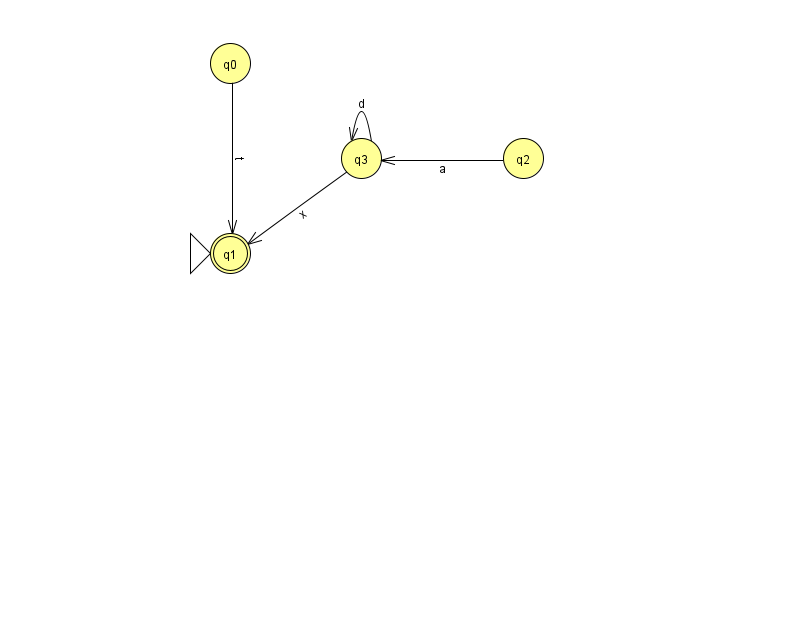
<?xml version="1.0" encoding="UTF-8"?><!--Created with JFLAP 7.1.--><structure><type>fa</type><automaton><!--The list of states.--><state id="0" name="q0"><x>230.0</x><y>50.0</y></state><state id="1" name="q1"><x>230.0</x><y>240.0</y><initial/><final/></state><state id="2" name="q2"><x>523.0</x><y>145.0</y></state><state id="3" name="q3"><x>361.0</x><y>145.0</y></state><!--The list of transitions.--><transition><from>3</from><to>3</to><read>d</read></transition><transition><from>3</from><to>1</to><read>x</read></transition><transition><from>2</from><to>3</to><read>a</read></transition><transition><from>0</from><to>1</to><read>t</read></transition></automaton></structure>